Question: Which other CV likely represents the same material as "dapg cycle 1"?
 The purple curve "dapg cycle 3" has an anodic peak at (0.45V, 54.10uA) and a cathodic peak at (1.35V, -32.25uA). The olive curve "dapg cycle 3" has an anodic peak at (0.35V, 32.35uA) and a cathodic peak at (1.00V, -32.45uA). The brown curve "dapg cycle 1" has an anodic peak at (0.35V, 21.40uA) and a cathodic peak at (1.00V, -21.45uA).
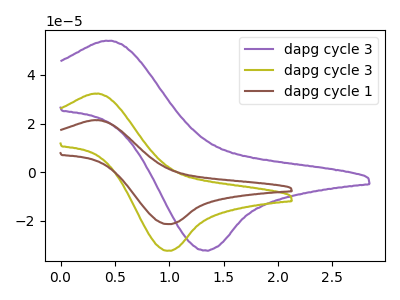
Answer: <think>"dapg cycle 3" and "dapg cycle 3" have at least one peak that do not match. "dapg cycle 3" and "dapg cycle 1" have at least one peak that do not match. All the peaks in "dapg cycle 3" have a peak in "dapg cycle 1" at the same potential. Every peak in "dapg cycle 3" is higher than every peak in "dapg cycle 1".
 </think>
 <answer>The CV with the most similar shape to "dapg cycle 3" is "dapg cycle 1".</answer>
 <eval>"dapg cycle 1"</eval>